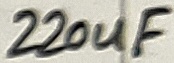
Text: 220uF